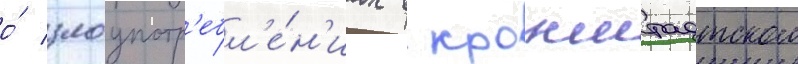
о́ злоупотр'ебл'е́н'иах в кронштадтском